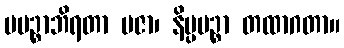
ပပဉ္စာဘိရတာ ပဇာ၊ နိပ္ပပဉ္စာ တထာဂတာ။